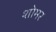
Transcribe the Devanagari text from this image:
शोमर